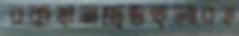
রকহানড্রেডহুলারহ